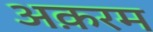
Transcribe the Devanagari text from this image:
अक़रम